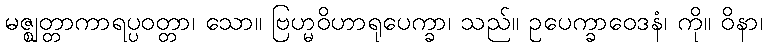
မဇ္ဈတ္တာကာရပ္ပဝတ္တာ၊ သော။ ဗြဟ္မဝိဟာရုပေက္ခာ၊ သည်။ ဥပေက္ခာဝေဒနံ၊ ကို။ ဝိနာ၊